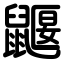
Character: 鼴